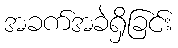
အခက်အခဲရှိခြင်း